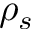
\rho _ { s }